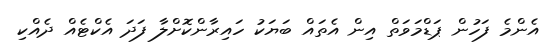
އެންމެ ފަހުން ޕަޑްމަވަތް އިން އެތައް ބަޔަކު ހައިރާންކޮށްލާ ފަދަ އެކްޓެއް ދެއްކި